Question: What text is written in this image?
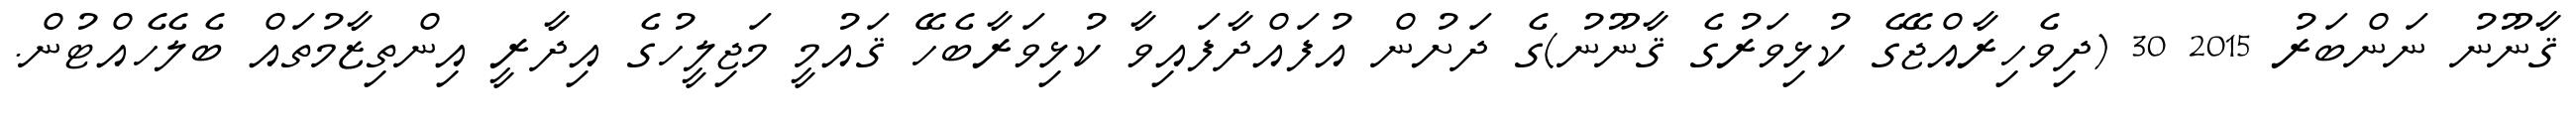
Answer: ޤާނޫނު ނަންބަރު 2015 30 (ދިވެހިރާއްޖޭގެ ކުޅިވަރުގެ ޤާނޫނު)ގެ ދަށުން އުފައްދާފައިވާ ކުޅިވަރާބެހޭ ޤައުމީ މަޖިލީހުގެ އިދާރީ އިންތިޒާމުތައް ބެލެހެއްޓުން.